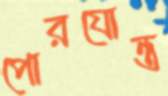
পোরযোন্ত